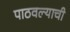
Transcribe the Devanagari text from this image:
पाठवल्याची